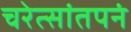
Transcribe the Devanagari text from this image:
चरेत्सांतपनं